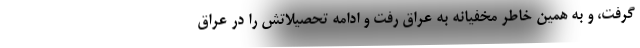
گرفت، و به همین خاطر مخفیانه به عراق رفت و ادامه تحصیلاتش را در عراق